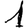
Digit: 1